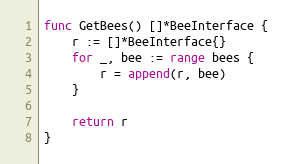
Language: Go
func GetBees() []*BeeInterface {
	r := []*BeeInterface{}
	for _, bee := range bees {
		r = append(r, bee)
	}

	return r
}